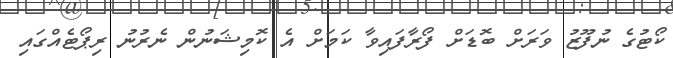
ކޯޓުގެ ނުފޫޒު ވަރަށް ބޮޑަށް ފޯރާފައިވާ ކަމަށް އެ ކޮމިޝަނުން ނެރުނު ރިޕޯޓެއްގައި